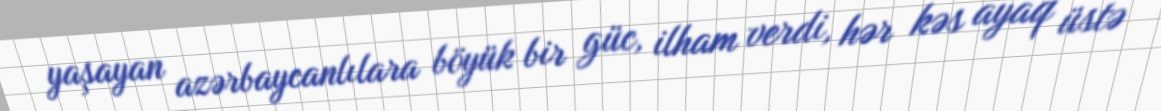
yaşayan azərbaycanlılara böyük bir güc, ilham verdi, hər kəs ayaq üstə